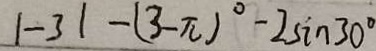
\vert - 3 \vert - ( 3 - \pi ) ^ { \circ } - 2 \sin 3 0 ^ { \circ }